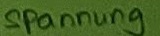
Text: Spannung